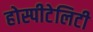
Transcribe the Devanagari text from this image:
होस्पीटेलिटी